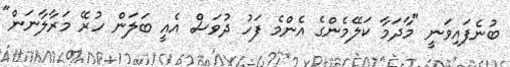
ބުނެފައިވަނީ "މާދަމާ ކަލޭމެންގެ އެންމެ ފަހު ދުވަސް އެއީ ބަލަން ހުރޭ މަރާލާނަން"